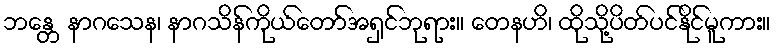
ဘန္တေ နာဂသေန၊ နာဂသိန်ကိုယ်တော်အရှင်ဘုရား။ တေနဟိ၊ ထိုသို့ပိတ်ပင်နိုင်မူကား။